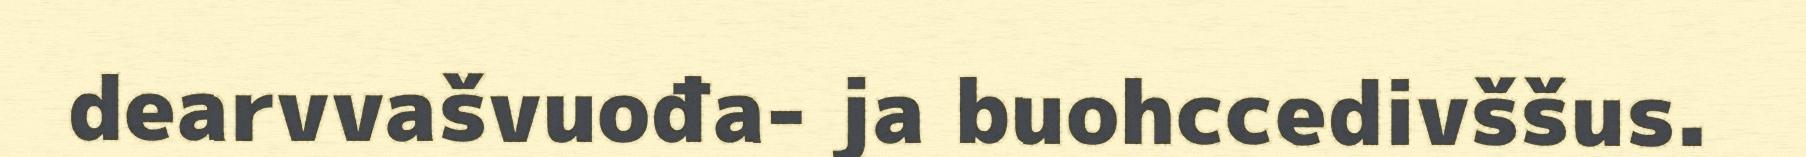
dearvvašvuođa- ja buohccedivššus.